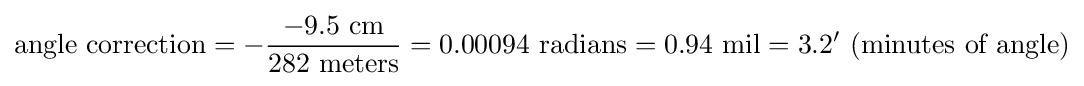
{\mbox{angle correction}}=-{\frac {-9.5{\mbox{ cm}}}{282{\mbox{ meters}}}}=0.00094{\mbox{ radians}}=0.94{\mbox{ mil}}=3.2'{\mbox{ (minutes of angle)}}